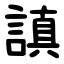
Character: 謓